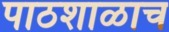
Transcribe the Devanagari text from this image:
पाठशाळाच